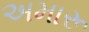
અમારૂ